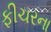
ફીચરના